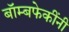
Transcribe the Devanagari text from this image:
बॉम्बफेकींनी